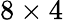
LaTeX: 8\times 4